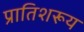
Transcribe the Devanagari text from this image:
प्रातिशरूय